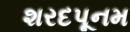
શરદપૂનમ